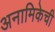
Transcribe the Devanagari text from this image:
अनामिकेची